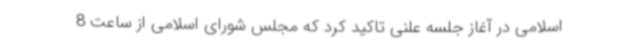
اسلامی در آغاز جلسه علنی تاکید کرد که مجلس شورای اسلامی از ساعت 8